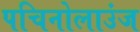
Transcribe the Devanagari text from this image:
पचिनोलाउंज